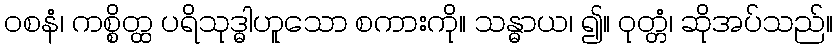
ဝစနံ၊ ကစ္စိတ္ထ ပရိသုဒ္ဓါဟူသော စကားကို။ သန္ဓာယ၊ ၍။ ဝုတ္တံ၊ ဆိုအပ်သည်။